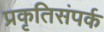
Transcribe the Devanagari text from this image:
प्रकृतिसंपर्क